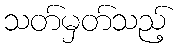
သတ်မှတ်သည့်